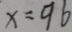
x = 9 6